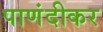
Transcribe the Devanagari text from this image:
पाणंदीकर